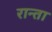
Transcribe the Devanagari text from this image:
रान्ता